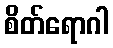
စိတ်ရောဂါ